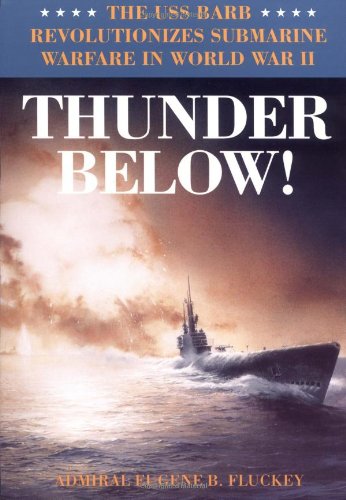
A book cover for Thunder Below!: The USS *Barb* Revolutionizes Submarine Warfare in World War II; Eugene B. Fluckey; History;